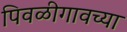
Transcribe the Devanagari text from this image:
पिवळीगावच्या